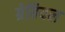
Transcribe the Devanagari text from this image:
ग्रेबियल